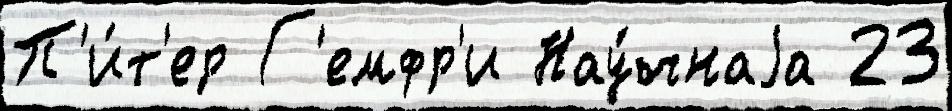
П'и́т'ер Г'емфр'и Нау́чнаjа 23